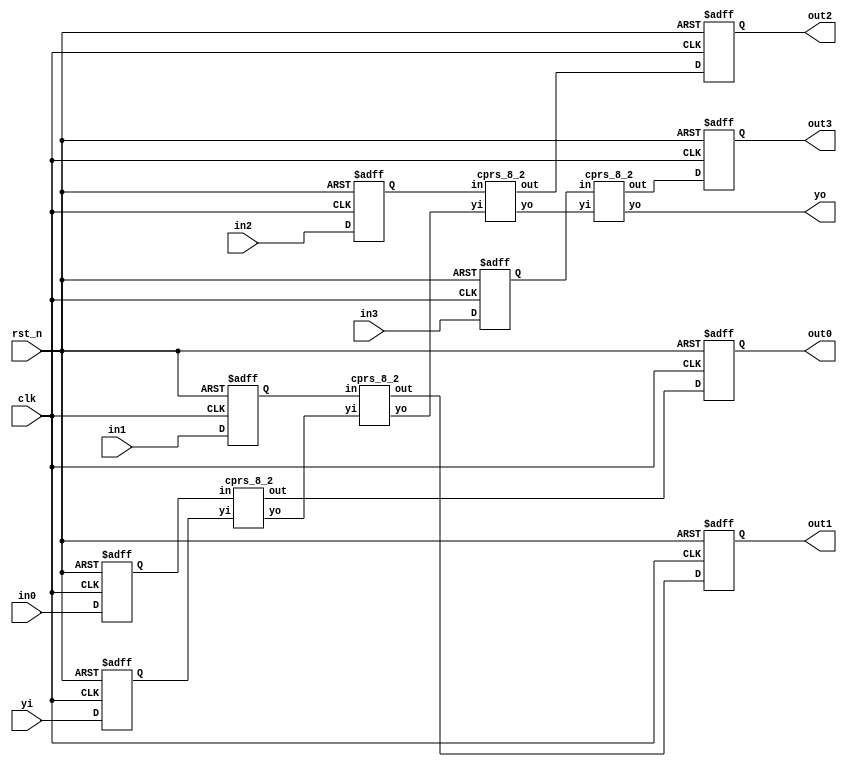
`timescale 1ns/1ps

module cprs_8_2_top (
  input clk,
  input rst_n,
  input  [7:0] in0,
  input  [7:0] in1,
  input  [7:0] in2,
  input  [7:0] in3,
  input  [4:0] yi,
  output reg [1:0] out0,
  output reg [1:0] out1,
  output reg [1:0] out2,
  output reg [1:0] out3,
  output [4:0] yo
);

reg [7:0] in0_r1,in1_r1,in2_r1,in3_r1;
reg [4:0] yi_r1;
always @ (posedge clk or negedge rst_n) begin
  if (rst_n == 1'b0) begin
    in0_r1 <= 8'b0;
    in1_r1 <= 8'b0;
    in2_r1 <= 8'b0;
    in3_r1 <= 8'b0;
	yi_r1  <= 5'b0;
  end else begin
    in0_r1 <= in0;
    in1_r1 <= in1;
    in2_r1 <= in2;
    in3_r1 <= in3;
	yi_r1  <= yi;
  end
end

wire [1:0] out0_r0,out1_r0,out2_r0,out3_r0;
wire [4:0] yo_U0,yo_U1,yo_U2;

cprs_8_2 U0 (.in(in0_r1), .yi(yi_r1), .out(out0_r0), .yo(yo_U0));
cprs_8_2 U1 (.in(in1_r1), .yi(yo_U0), .out(out1_r0), .yo(yo_U1));
cprs_8_2 U2 (.in(in2_r1), .yi(yo_U1), .out(out2_r0), .yo(yo_U2));
cprs_8_2 U3 (.in(in3_r1), .yi(yo_U2), .out(out3_r0), .yo(yo));

always @ (posedge clk or negedge rst_n) begin
  if (rst_n == 1'b0) begin
    out0   <= 2'b0;
    out1   <= 2'b0;
    out2   <= 2'b0;
    out3   <= 2'b0;
  end else begin
    out0   <= out0_r0;
    out1   <= out1_r0;
    out2   <= out2_r0;
    out3   <= out3_r0;
  end
end

endmodule

module cprs_8_2 (
  input [7:0] in,
  input [4:0] yi,
  output [1:0] out,
  output [4:0] yo
);

wire I0_out,I1_out,I2_out,I3_out,I4_out;
wire I0_err,I1_err,I2_err,I3_err,I4_err;

cprs_4_2 I0 (.in(in[7:4]), .out({yo[0],I0_out}), .err(I0_err));
cprs_4_2 I1 (.in(in[3:0]), .out({yo[1],I1_out}), .err(I1_err));

cprs_3_2 I2 (.in({{I0_out,I0_err,yi[0]}}), .out({yo[2],I2_out}));
cprs_3_2 I3 (.in({{I1_out,I1_err,yi[1]}}), .out({yo[3],I3_out}));

cprs_4_2 I4 (.in({I2_out,I3_out,yi[3:2]}), .out({yo[4],I4_out}), .err(I4_err));

cprs_3_2 I5 (.in({I4_out,I4_err,yi[4]}), .out(out[1:0]));

endmodule

module cprs_3_2 (
in,
out
);
input [2:0] in;
output [1:0] out;

wire in0_xor_in1,in0_and_in1;

assign in0_xor_in1	= in[0] ^ in[1];
assign in0_and_in1	= in[0] & in[1];
assign out[1] = in0_xor_in1 & in[2] | in0_and_in1;
assign out[0] = in0_xor_in1 ^ in[2];

endmodule

module cprs_4_2 (
in,
out,
err
);
input [3:0] in;
output [1:0] out;
output err;

wire in0_and_in1,in0_or_in1,in0_xor_in1;

assign in0_and_in1	= in[0] & in[1];
assign in0_or_in1	= in[0] | in[1];
assign in0_xor_in1	= in[0] ^ in[1];

wire in2_or_in3,in2_xor_in3;

assign in2_or_in3	= in[2] | in[3];
assign in2_xor_in3	= in[2] ^ in[3];

assign out[0] = in0_xor_in1 ^ in2_or_in3;
assign out[1] = (in0_or_in1 & in2_or_in3) | in0_and_in1;
assign err = in[2] & in[3];

endmodule